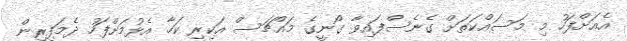
އެއަށްފަހު މި މަސައްކަތަށް ގެނެސްފައިވާ ގޯނީގެ މައްޗަސް އަކިރި ކަހާ އެޅުމަށްފަހު ދެމަފިރިން